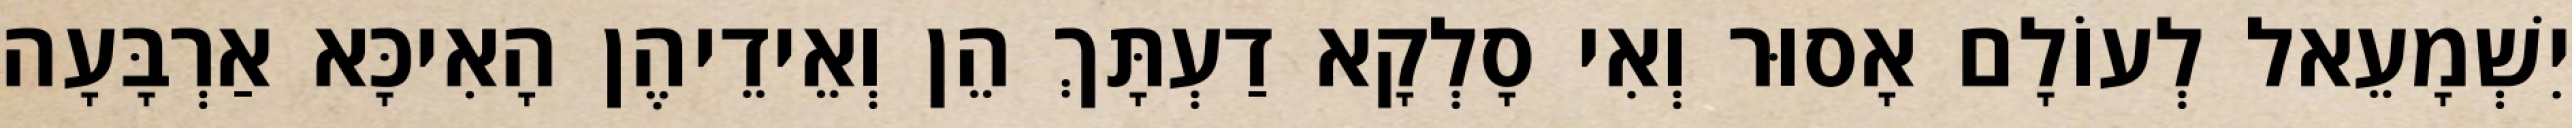
יִשְׁמָעֵאל לְעוֹלָם אָסוּר וְאִי סָלְקָא דַעְתָּךְ הֵן וְאֵידֵיהֶן הָאִיכָּא אַרְבָּעָה